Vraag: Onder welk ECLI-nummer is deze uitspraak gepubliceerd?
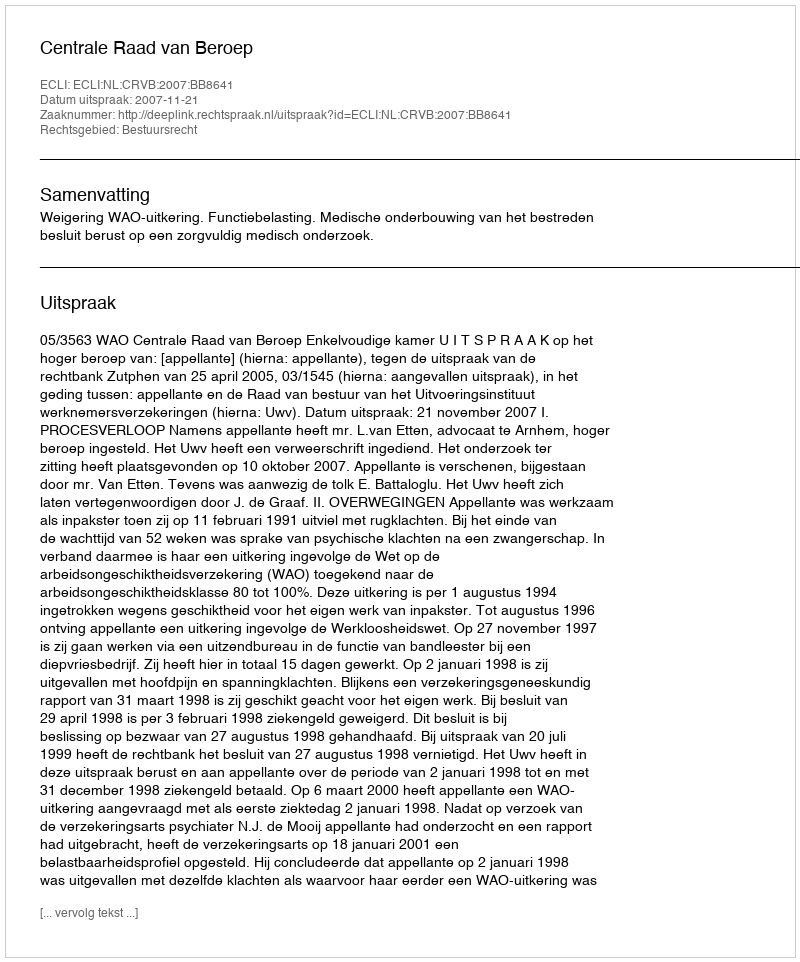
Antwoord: ECLI:NL:CRVB:2007:BB8641